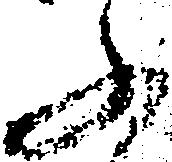
ふ